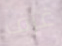
غرف